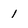
Character: 1